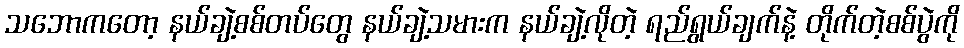
သဘောကတော့ နယ်ချဲ့စစ်တပ်တွေ နယ်ချဲ့သမားက နယ်ချဲ့လိုတဲ့ ရည်ရွယ်ချက်နဲ့ တိုက်တဲ့စစ်ပွဲကို